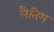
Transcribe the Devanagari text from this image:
लैतिम